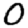
Digit: 0